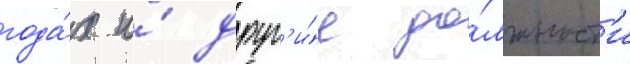
года́х и́ друг'и́е до́лжност'и